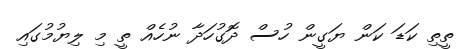
ތީތި ކަޑަ ކަން ޔަގީން ހުސް ދޮގުހަދާ ނުހެއް ތީ މި ލިޔުމުގައި